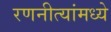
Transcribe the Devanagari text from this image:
रणनीत्यांमध्ये